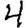
Digit: 4